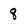
Character: q